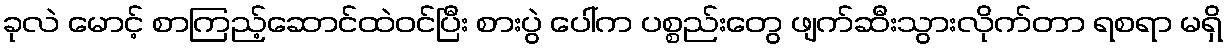
ခုလဲ မောင့် စာကြည့်ဆောင်ထဲဝင်ပြီး စားပွဲ ပေါ်က ပစ္စည်းတွေ ဖျက်ဆီးသွားလိုက်တာ ရစရာ မရှိ